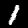
Digit: 1